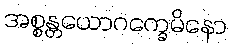
အစ္စန္တယောဂက္ခေမိနော